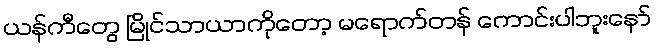
ယန်ကီတွေ မြိုင်သာယာကိုတော့ မရောက်တန် ကောင်းပါဘူးနော်